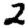
Digit: 2